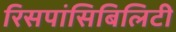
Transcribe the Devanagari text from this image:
रिसपांसिबिलिटी